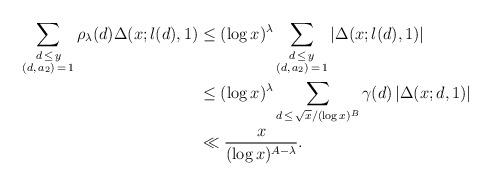
LaTeX: \begin{align*} \sum_{\substack{d \, \le \, y \\ (d,\,a_{2})\,=\,1}}\rho_{\lambda}(d) \Delta(x;\l(d),1) &\le (\log x)^{\lambda} \sum_{\substack{d \, \le \, y \\ (d,\,a_{2})\,=\,1}}|\Delta(x;\l(d),1)| \\& \le(\log x)^{\lambda} \sum_{d\,\leq\, \sqrt{x}/(\log x)^{B}} \gamma(d)\,|\Delta(x; d, 1)|\\&\ll\frac{x}{(\log x)^{A-\lambda}}.\end{align*}